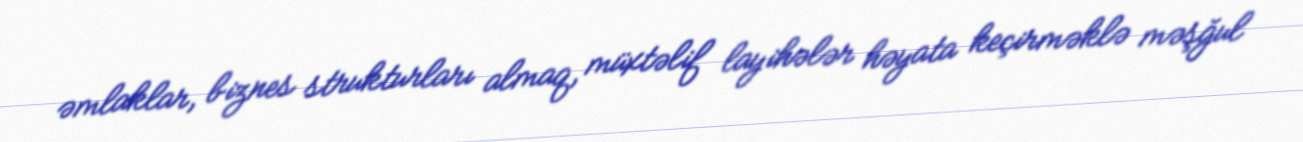
əmlaklar, biznes strukturları almaq, müxtəlif layihələr həyata keçirməklə məşğul